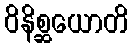
ဝိနိစ္ဆယောတိ